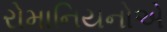
રોમાનિયનોએ